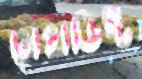
মেথডিস্ট